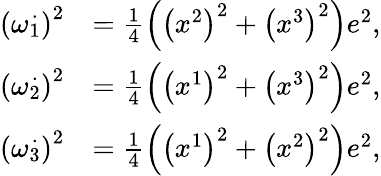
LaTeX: \begin{array}{rl}{\left(\omega\overset{.}{_{1}}\right)^{2}}&{=\frac{1}{4}\left(\left(x^{2}\right)^{2}+\left(x^{3}\right)^{2}\right)e^{2},}\\ {\left(\omega\overset{.}{_{2}}\right)^{2}}&{=\frac{1}{4}\left(\left(x^{1}\right)^{2}+\left(x^{3}\right)^{2}\right)e^{2},}\\ {\left(\omega\overset{.}{_{3}}\right)^{2}}&{=\frac{1}{4}\left(\left(x^{1}\right)^{2}+\left(x^{2}\right)^{2}\right)e^{2},}\end{array}